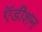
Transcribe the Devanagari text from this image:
ऍडीशन